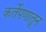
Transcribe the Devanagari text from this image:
कर्तेपणातून